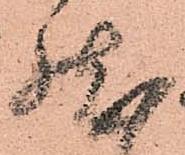
然